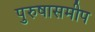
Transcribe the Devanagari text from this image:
पुरुषासमीप